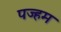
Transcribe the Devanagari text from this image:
पज्हम